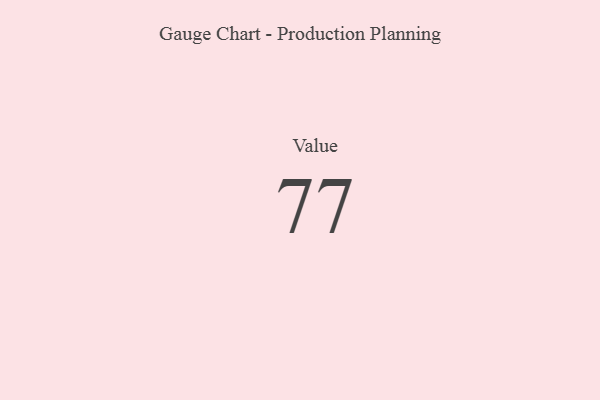
{"axis": {"x": "Metric", "y": "Value"}, "legend": [""], "data": [{"x": "Value", "y": 77, "type": ""}]}